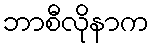
ဘာစီလိုနာက